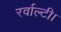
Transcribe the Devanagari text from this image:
रर्वाल्टी।